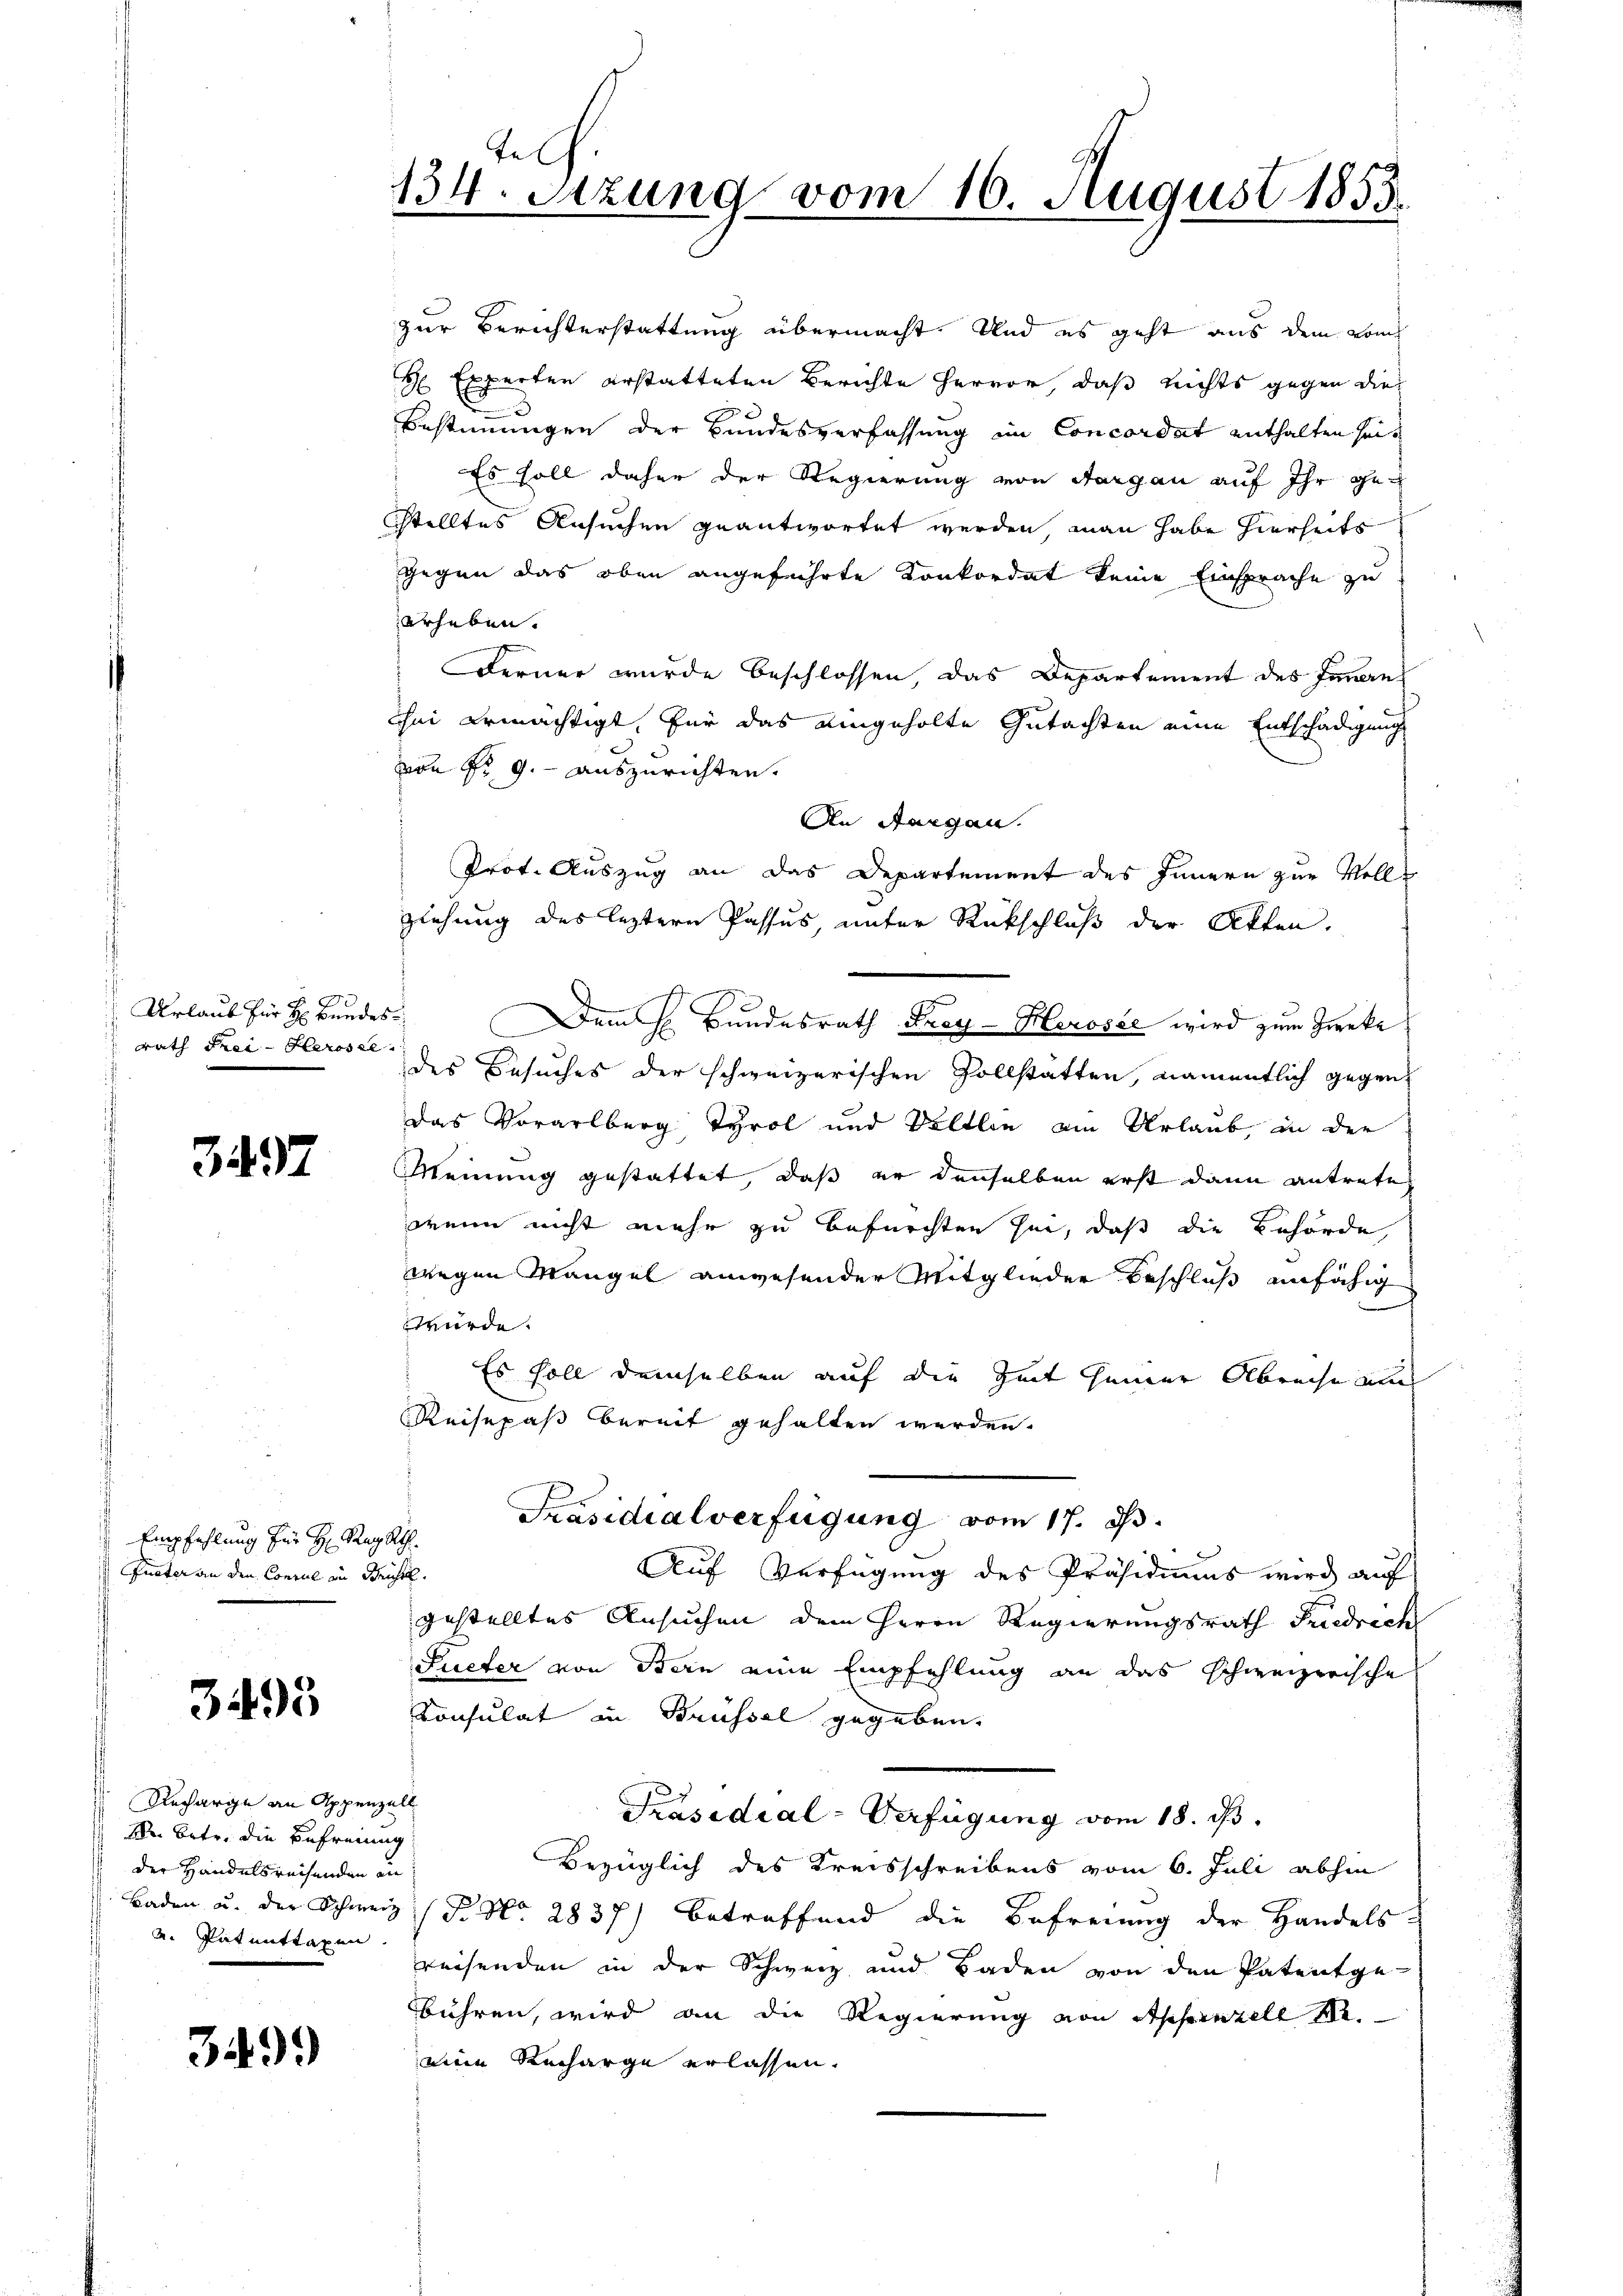
Fo
Urlaub für H: Bunde
rath Frei- Herosse

3497

Empfehlung für H: Rey Kt.
Pueter an den Consul in Berichte.

3495

Recharge an Appenzell
kr. betr. die Befreiung:
der Handelsreisenden an
2. Patmittagen.

3499

Rech
134. Sitzung vom 16. August 1853.

zur Berichterstattung übermacht. Und es geht aus dem kom
H Experten erstatteten Berichte hervor, daß nichts gegen die
Bestimmungen der Bundesverfassung im Concordat enthalten seit
Es soll daher der Regierung von Aargau auf ihr ge¬
Stelltes Ansuchen geantwortet werden, man habe hierheits
gegen das oben angeführte Konkordat keine Einsprache zu
erheben.
Ferner wurde beschlossen, das Departement des Innern
Thei ermächtigt, für das eingeholte Gutachten eine Entschädigung
von Fr. 9. auszurichten.
An Aargau.
Prot. Auszug an das Departement des Innern zur Volle
ziehung des leztern Passus, unter Rückschluß der Akten.
8
Dem H. Bundesrath Frey- Herosse wird zum Zweke
des Besuches der schweizerischen Zollstätten, namentlich gegen
das Vorarlberg Tyrol und Veltlin am Urlaub, in der
Meinung gestattet, daß er denselben erst dann antreten
wenn nicht mehr zu befürchten sei, daß die Behörde,
wegen Mangel anwesender Mitglieder Beschluß unfähig
2
Würde.
Es soll demselben auf die Zeit seiner Abreise aus
Reisepaß bereit gehalten werden.
Präsidialverfügung vom 17. J.
Auf Verfügung des Präsidiums wird auf
gestelltes Ansuchen dem Herrn Regierungsrath Friedrich
Sueter von Bern eine Empfehlung an das schweizerische
Consulat in Brüssel gegeben.
Präsidial-Verfügung vom 18. d.
Bezüglich des Kreisschreibens vom 6. Juli abhin
Baden u. der Schweiz (S. Nr. 2837) betreffend die Befreiung der Handels-
reisenden in der Schweiz und Baden von den Patentge
bühren, wird an die Regierung von Appenzell I.
eine Recharge erlassen.